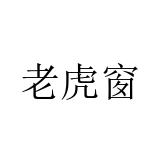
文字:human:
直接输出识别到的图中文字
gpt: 老虎窗